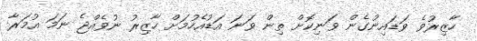
ހާޒިރުވެ ވަޑައިނުގެން ވަނިކޮށް ތިން ވަނަ އަޑުއެހުމަށް ހާޒިރު ނުވެއްޖެ ނަމަ އުމަރާ